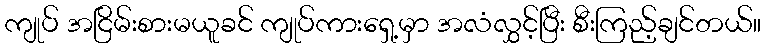
ကျုပ် အငြိမ်းစားမယူခင် ကျုပ်ကားရှေ့မှာ အလံလွှင့်ပြီး စီးကြည့်ချင်တယ်။